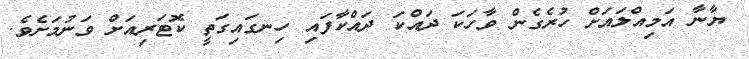
ޔާނާ އަމިއްލައަށް ހުރެގެން ވާހަކަ ދައްކަ ދައްކާފައި ހިނގައިގަތީ ކޮޓަރިއަށް ވަނުމަށެވެ.